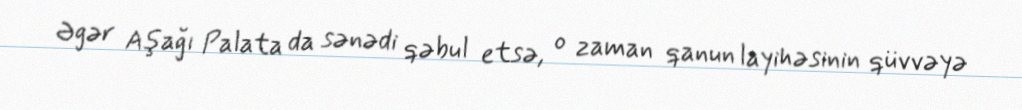
Əgər Aşağı Palata da sənədi qəbul etsə, o zaman qanun layihəsinin qüvvəyə